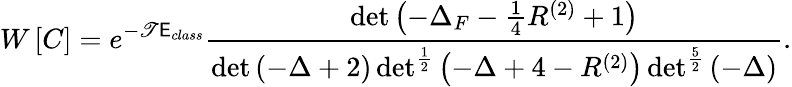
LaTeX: W\left[C\right]=e^{-\mathscr{T}\mathsf{E}_{class}}\frac{{\operatorname*{det}\left(-\Delta_{F}-\frac{{1}}{{4}}R^{(2)}+1\right)}}{{\operatorname*{det}\left(-\Delta+2\right)\operatorname*{det}^{\frac{{1}}{{2}}}\left(-\Delta+4-R^{(2)}\right)\operatorname*{det}^{\frac{{5}}{{2}}}\left(-\Delta\right)}}.